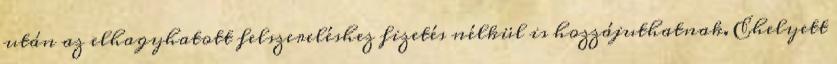
után az elhagyhatott felszereléshez fizetés nélkül is hozzájuthatnak. Ehelyett